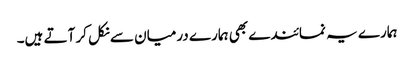
ہمارے یہ نمائندے بھی ہمارے درمیان سے نکل کر آتے ہیں۔